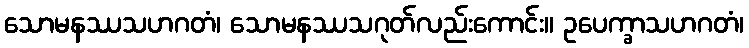
သောမနဿသဟဂတံ၊ သောမနဿသဂုတ်လည်းကောင်း။ ဥပေက္ခာသဟဂတံ၊